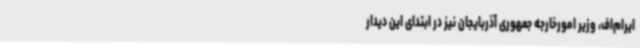
ایرام‌اف، وزیر امورخارجه جمهوری آذربایجان نیز در ابتدای این دیدار